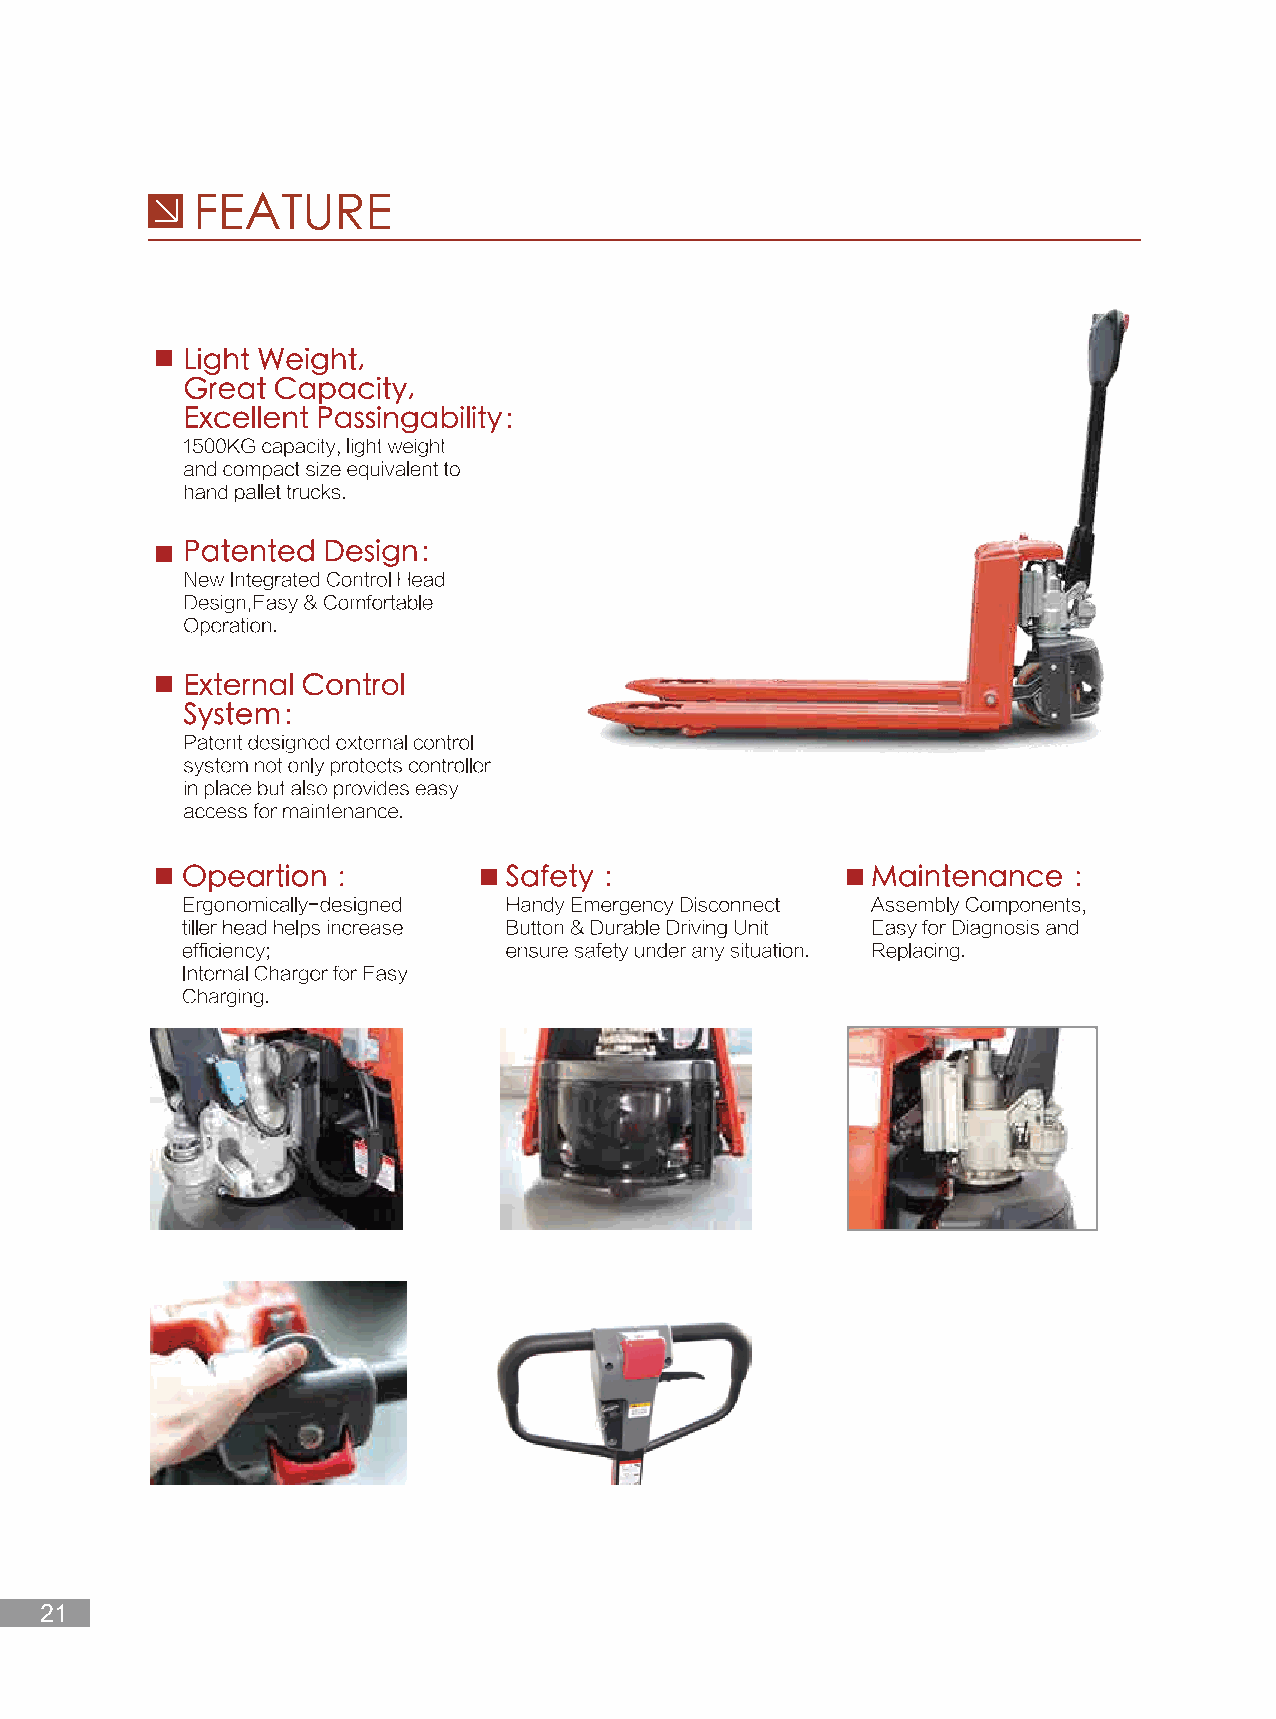
01 02 03 04 05 06 07                                                           08         09                                                                                                                                                                     10         11
 12 13 14 15 16 17 18 19 20 21                                                                                                                                            22        23
 24 25 26 27 28 29 30 31                                                       32        33                                                                                                                                                                   34
 35 36 37 38 39 40 41 42 43                                                                                                                                           44        45
 46 47 48 49 50 51 52 53                                                       54        55                                                                                                                                                                   56
 57 58 59 60 61 62 63 64